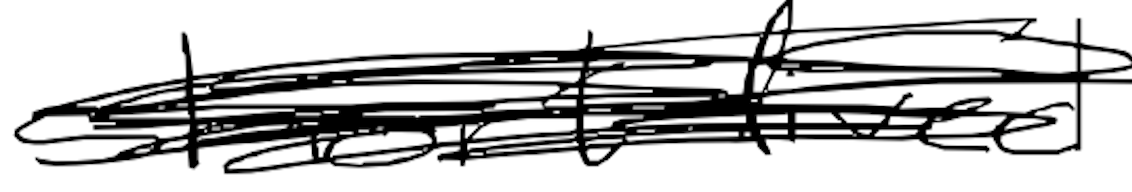
Text: short-lived
Cross-out: scratch
Writing tool: digital_black